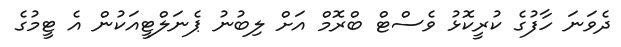
ދެވަނަ ހާފުގެ ކުރީކޮޅު ވެސްޓް ބްރޮމް އަށް ލިބުނު ޕެނަލްޓީއަކުން އެ ޓީމުގެ